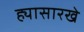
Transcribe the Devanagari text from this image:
ह्यासारखे